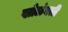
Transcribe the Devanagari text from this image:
खोळंबली